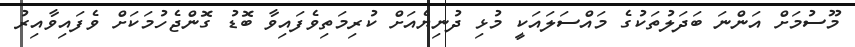
މޫސުމަށް އަންނަ ބަދަލުތަކުގެ މައްސަލައަކީ މުޅި ދުނިޔެއަށް ކުރިމަތިވެފައިވާ ބޮޑު ގޮންޖެހުމަކަށް ވެފައިވާއިރު